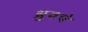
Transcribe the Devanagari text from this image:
ध्रुवचे